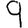
Digit: 9